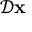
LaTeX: { \mathcal { D } } \mathbf { x }